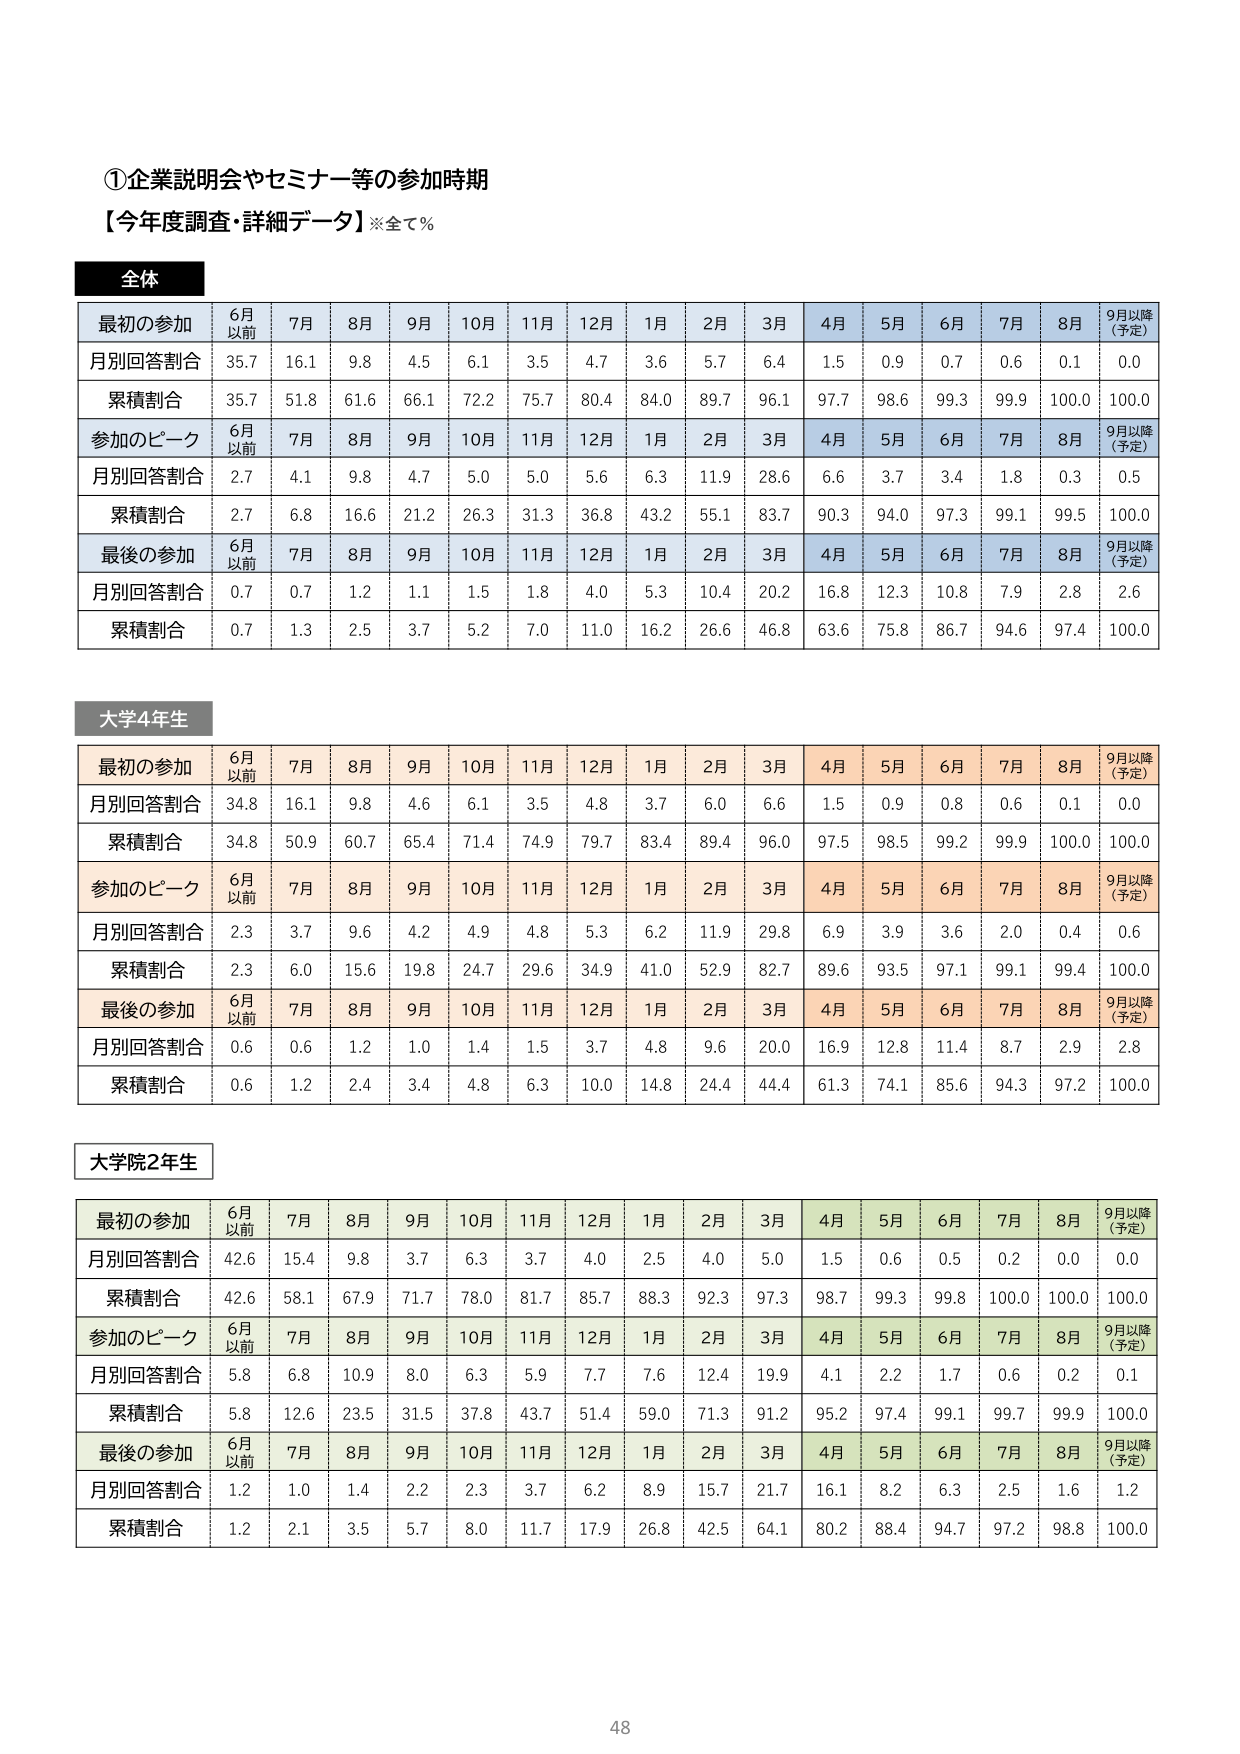
①企業説明会やセミナー等の参加時期
【今年度調査・詳細データ】※全て％

全体
最初の参加　6月以前　7月　8月　9月　10月　11月　12月　1月　2月　3月　4月　5月　6月　7月　8月　9月以降（予定）
月別回答割合　35.7　16.1　9.8　4.5　6.1　3.5　4.7　3.6　5.7　6.4　1.5　0.9　0.7　0.6　0.1　0.0
累積割合　35.7　51.8　61.6　66.1　72.2　75.7　80.4　84.0　89.7　96.1　97.7　98.6　99.3　99.9　100.0　100.0
参加のピーク　6月以前　7月　8月　9月　10月　11月　12月　1月　2月　3月　4月　5月　6月　7月　8月　9月以降（予定）
月別回答割合　2.7　4.1　9.8　4.7　5.0　5.0　5.6　6.3　11.9　28.6　6.6　3.7　3.4　1.8　0.3　0.5
累積割合　2.7　6.8　16.6　21.2　26.3　31.3　36.8　43.2　55.1　83.7　90.3　94.0　97.3　99.1　99.5　100.0
最後の参加　6月以前　7月　8月　9月　10月　11月　12月　1月　2月　3月　4月　5月　6月　7月　8月　9月以降（予定）
月別回答割合　0.7　0.7　1.2　1.1　1.5　1.8　4.0　5.3　10.4　20.2　16.8　12.3　10.8　7.9　2.8　2.6
累積割合　0.7　1.3　2.5　3.7　5.2　7.0　11.0　16.2　26.6　46.8　63.6　75.8　86.7　94.6　97.4　100.0

大学4年生
最初の参加　6月以前　7月　8月　9月　10月　11月　12月　1月　2月　3月　4月　5月　6月　7月　8月　9月以降（予定）
月別回答割合　34.8　16.1　9.8　4.6　6.1　3.5　4.8　3.7　6.0　6.6　1.5　0.9　0.8　0.6　0.1　0.0
累積割合　34.8　50.9　60.7　65.4　71.4　74.9　79.7　83.4　89.4　96.0　97.5　98.5　99.2　99.9　100.0　100.0
参加のピーク　6月以前　7月　8月　9月　10月　11月　12月　1月　2月　3月　4月　5月　6月　7月　8月　9月以降（予定）
月別回答割合　2.3　3.7　9.6　4.2　4.9　4.8　5.3　6.2　11.9　29.8　6.9　3.9　3.6　2.0　0.4　0.6
累積割合　2.3　6.0　15.6　19.8　24.7　29.6　34.9　41.0　52.9　82.7　89.6　93.5　97.1　99.1　99.4　100.0
最後の参加　6月以前　7月　8月　9月　10月　11月　12月　1月　2月　3月　4月　5月　6月　7月　8月　9月以降（予定）
月別回答割合　0.6　0.6　1.2　1.0　1.4　1.5　3.7　4.8　9.6　20.0　16.9　12.8　11.4　8.7　2.9　2.8
累積割合　0.6　1.2　2.4　3.4　4.8　6.3　10.0　14.8　24.4　44.4　61.3　74.1　85.6　94.3　97.2　100.0

大学院2年生
最初の参加　6月以前　7月　8月　9月　10月　11月　12月　1月　2月　3月　4月　5月　6月　7月　8月　9月以降（予定）
月別回答割合　42.6　15.4　9.8　3.7　6.3　3.7　4.0　2.5　4.0　5.0　1.5　0.6　0.5　0.2　0.0　0.0
累積割合　42.6　58.1　67.9　71.7　78.0　81.7　85.7　88.3　92.3　97.3　98.7　99.3　99.8　100.0　100.0　100.0
参加のピーク　6月以前　7月　8月　9月　10月　11月　12月　1月　2月　3月　4月　5月　6月　7月　8月　9月以降（予定）
月別回答割合　5.8　6.8　10.9　8.0　6.3　5.9　7.7　7.6　12.4　19.9　4.1　2.2　1.7　0.6　0.2　0.1
累積割合　5.8　12.6　23.5　31.5　37.8　43.7　51.4　59.0　71.3　91.2　95.2　97.4　99.1　99.7　99.9　100.0
最後の参加　6月以前　7月　8月　9月　10月　11月　12月　1月　2月　3月　4月　5月　6月　7月　8月　9月以降（予定）
月別回答割合　1.2　1.0　1.4　2.2　2.3　3.7　6.2　8.9　15.7　21.7　16.1　8.2　6.3　2.5　1.6　1.2
累積割合　1.2　2.1　3.5　5.7　8.0　11.7　17.9　26.8　42.5　64.1　80.2　88.4　94.7　97.2　98.8　100.0

48